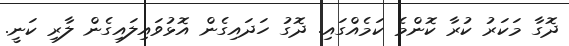
ދޮގާ މަކަރު ކުރާ ކޮންމެ ކަމެއްގައި. ދޮގު ހަދައިގެން އޮޅުވައިލައިގެން ލާރި ކަނީ.